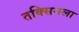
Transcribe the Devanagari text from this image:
तक्सिनला